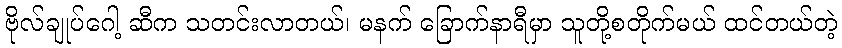
ဗိုလ်ချုပ်ဂေါ့ ဆီက သတင်းလာတယ်၊ မနက် ခြောက်နာရီမှာ သူတို့စတိုက်မယ် ထင်တယ်တဲ့